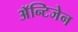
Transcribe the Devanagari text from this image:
अॅन्टिजेन